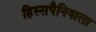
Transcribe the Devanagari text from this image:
हिस्सपैनियाला